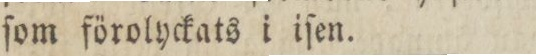
ſom förolyckats i iſen.